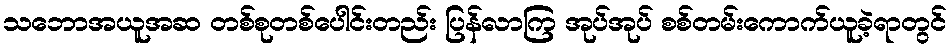
သဘောအယူအဆ တစ်စုတစ်ပေါင်းတည်း ပြန်လာကြ အုပ်အုပ် စစ်တမ်းကောက်ယူခဲ့ရာတွင်